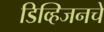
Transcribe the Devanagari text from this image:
डिव्हिजनचे